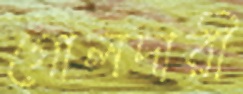
গোলদারী